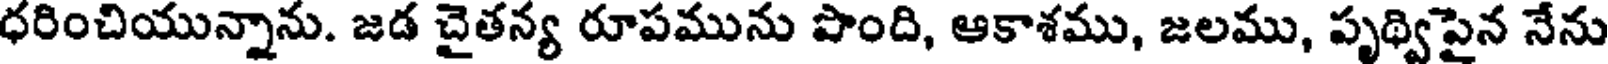
ధరించియున్నాను. జడ చైతన్య రూపమును పొంది, ఆకాశము, జలము, పృథ్విపైన నేను